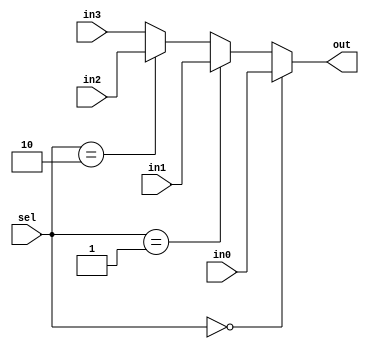
`timescale 1ns / 1ps
//////////////////////////////////////////////////////////////////////////////////
// Company: 
// Engineer: 
// 
// Design Name: 
// Module Name:    mux4x1_16bit 
// Project Name: 
// Target Devices: 
// Tool versions: 
// Description: 
//
// Dependencies: 
//
// Revision: 
// Revision 0.01 - File Created
// Additional Comments: 
//
//////////////////////////////////////////////////////////////////////////////////
module mux4x1_16bit(in0, in1, in2, in3, sel, out);
	input [15:0] in0;
	input [15:0] in1;
	input [15:0] in2;
	input [15:0] in3;
	input [1:0] sel;
	output [15:0] out;


	assign out = (sel==0) ? in0: (sel==1) ? in1: (sel==2) ? in2: in3;

endmodule